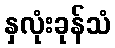
နှလုံးခုန်သံ